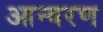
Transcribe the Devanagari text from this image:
आन्वरण